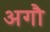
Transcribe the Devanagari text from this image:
अगौ